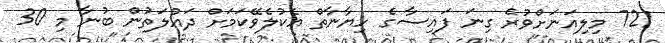
721 މިލިއަނަށްވުރެ ގިނަ ފައިސާގެ ހިޔާނާތް އެކުލެވޭކަމަށް ދައުލަތުން ބުނާ މި 30